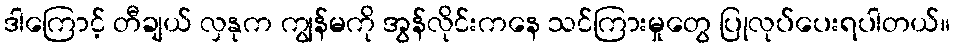
ဒါကြောင့် တီချယ် လှနုက ကျွန်မကို အွန်လိုင်းကနေ သင်ကြားမှုတွေ ပြုလုပ်ပေးရပါတယ်။